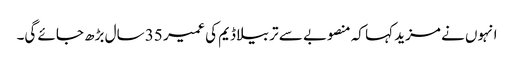
انہوں نے مزید کہا کہ منصوبے سے تربیلا ڈیم کی عمیر 35 سال بڑھ جائے گی۔